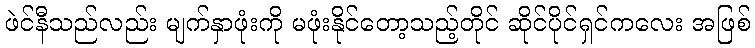
ဖဲင်နီသည်လည်း မျက်နှာဖုံးကို မဖုံးနိုင်တော့သည့်တိုင် ဆိုင်ပိုင်ရှင်ကလေး အဖြစ်